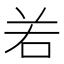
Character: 𠰥